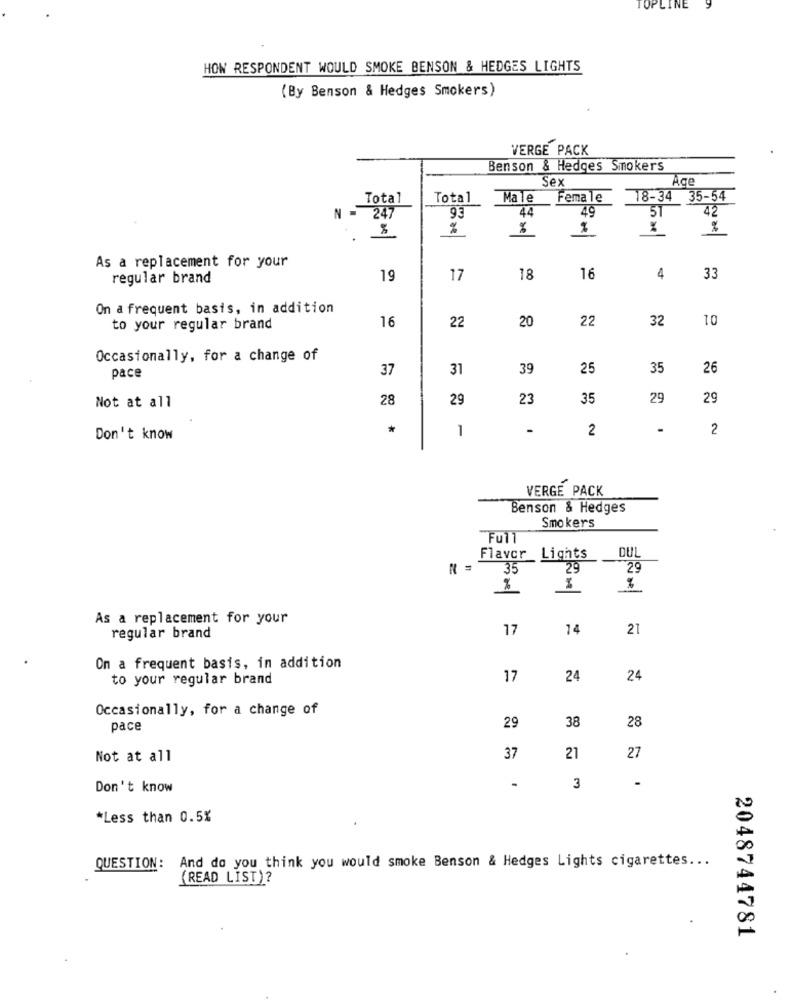
INE
HOW RESPONDENT WOULD SMOKE BENSON & HEDGES LIGHTS
(By Benson & Hedges Smokers)
VERGE PACK
Benson & Hedges Smokers
Sex
Age
Total
Total
Male
Female
18-34 35-54
44
51
42
N = 247
93
%
%
%
%
As a replacement for your
regular brand
19
17
18
16
4
33
On a frequent basis, in addition
20
22
32
10
to your regular brand
16
22
Occasionally, for a change of
37
31
39
25
35
26
pace
28
29
23
35
29
29
Not at all
1
-
2
.
2
Don't know
VERGE PACK
Benson & Hedges
Smokers
Full
DUL
Flavor Lights
35
29
29
%
%
As a replacement for your
17
14
21
regular brand
On a frequent basis, in addition
to your regular brand
17
24
24
Occasionally, for a change of
28
pace
29
38
Not at all
37
21
27
-
Don't know
3
*Less than 0.5%
QUESTION: And do you think you would smoke Benson & Hedges Lights cigarettes ...
(READ LIST)?
2048744781